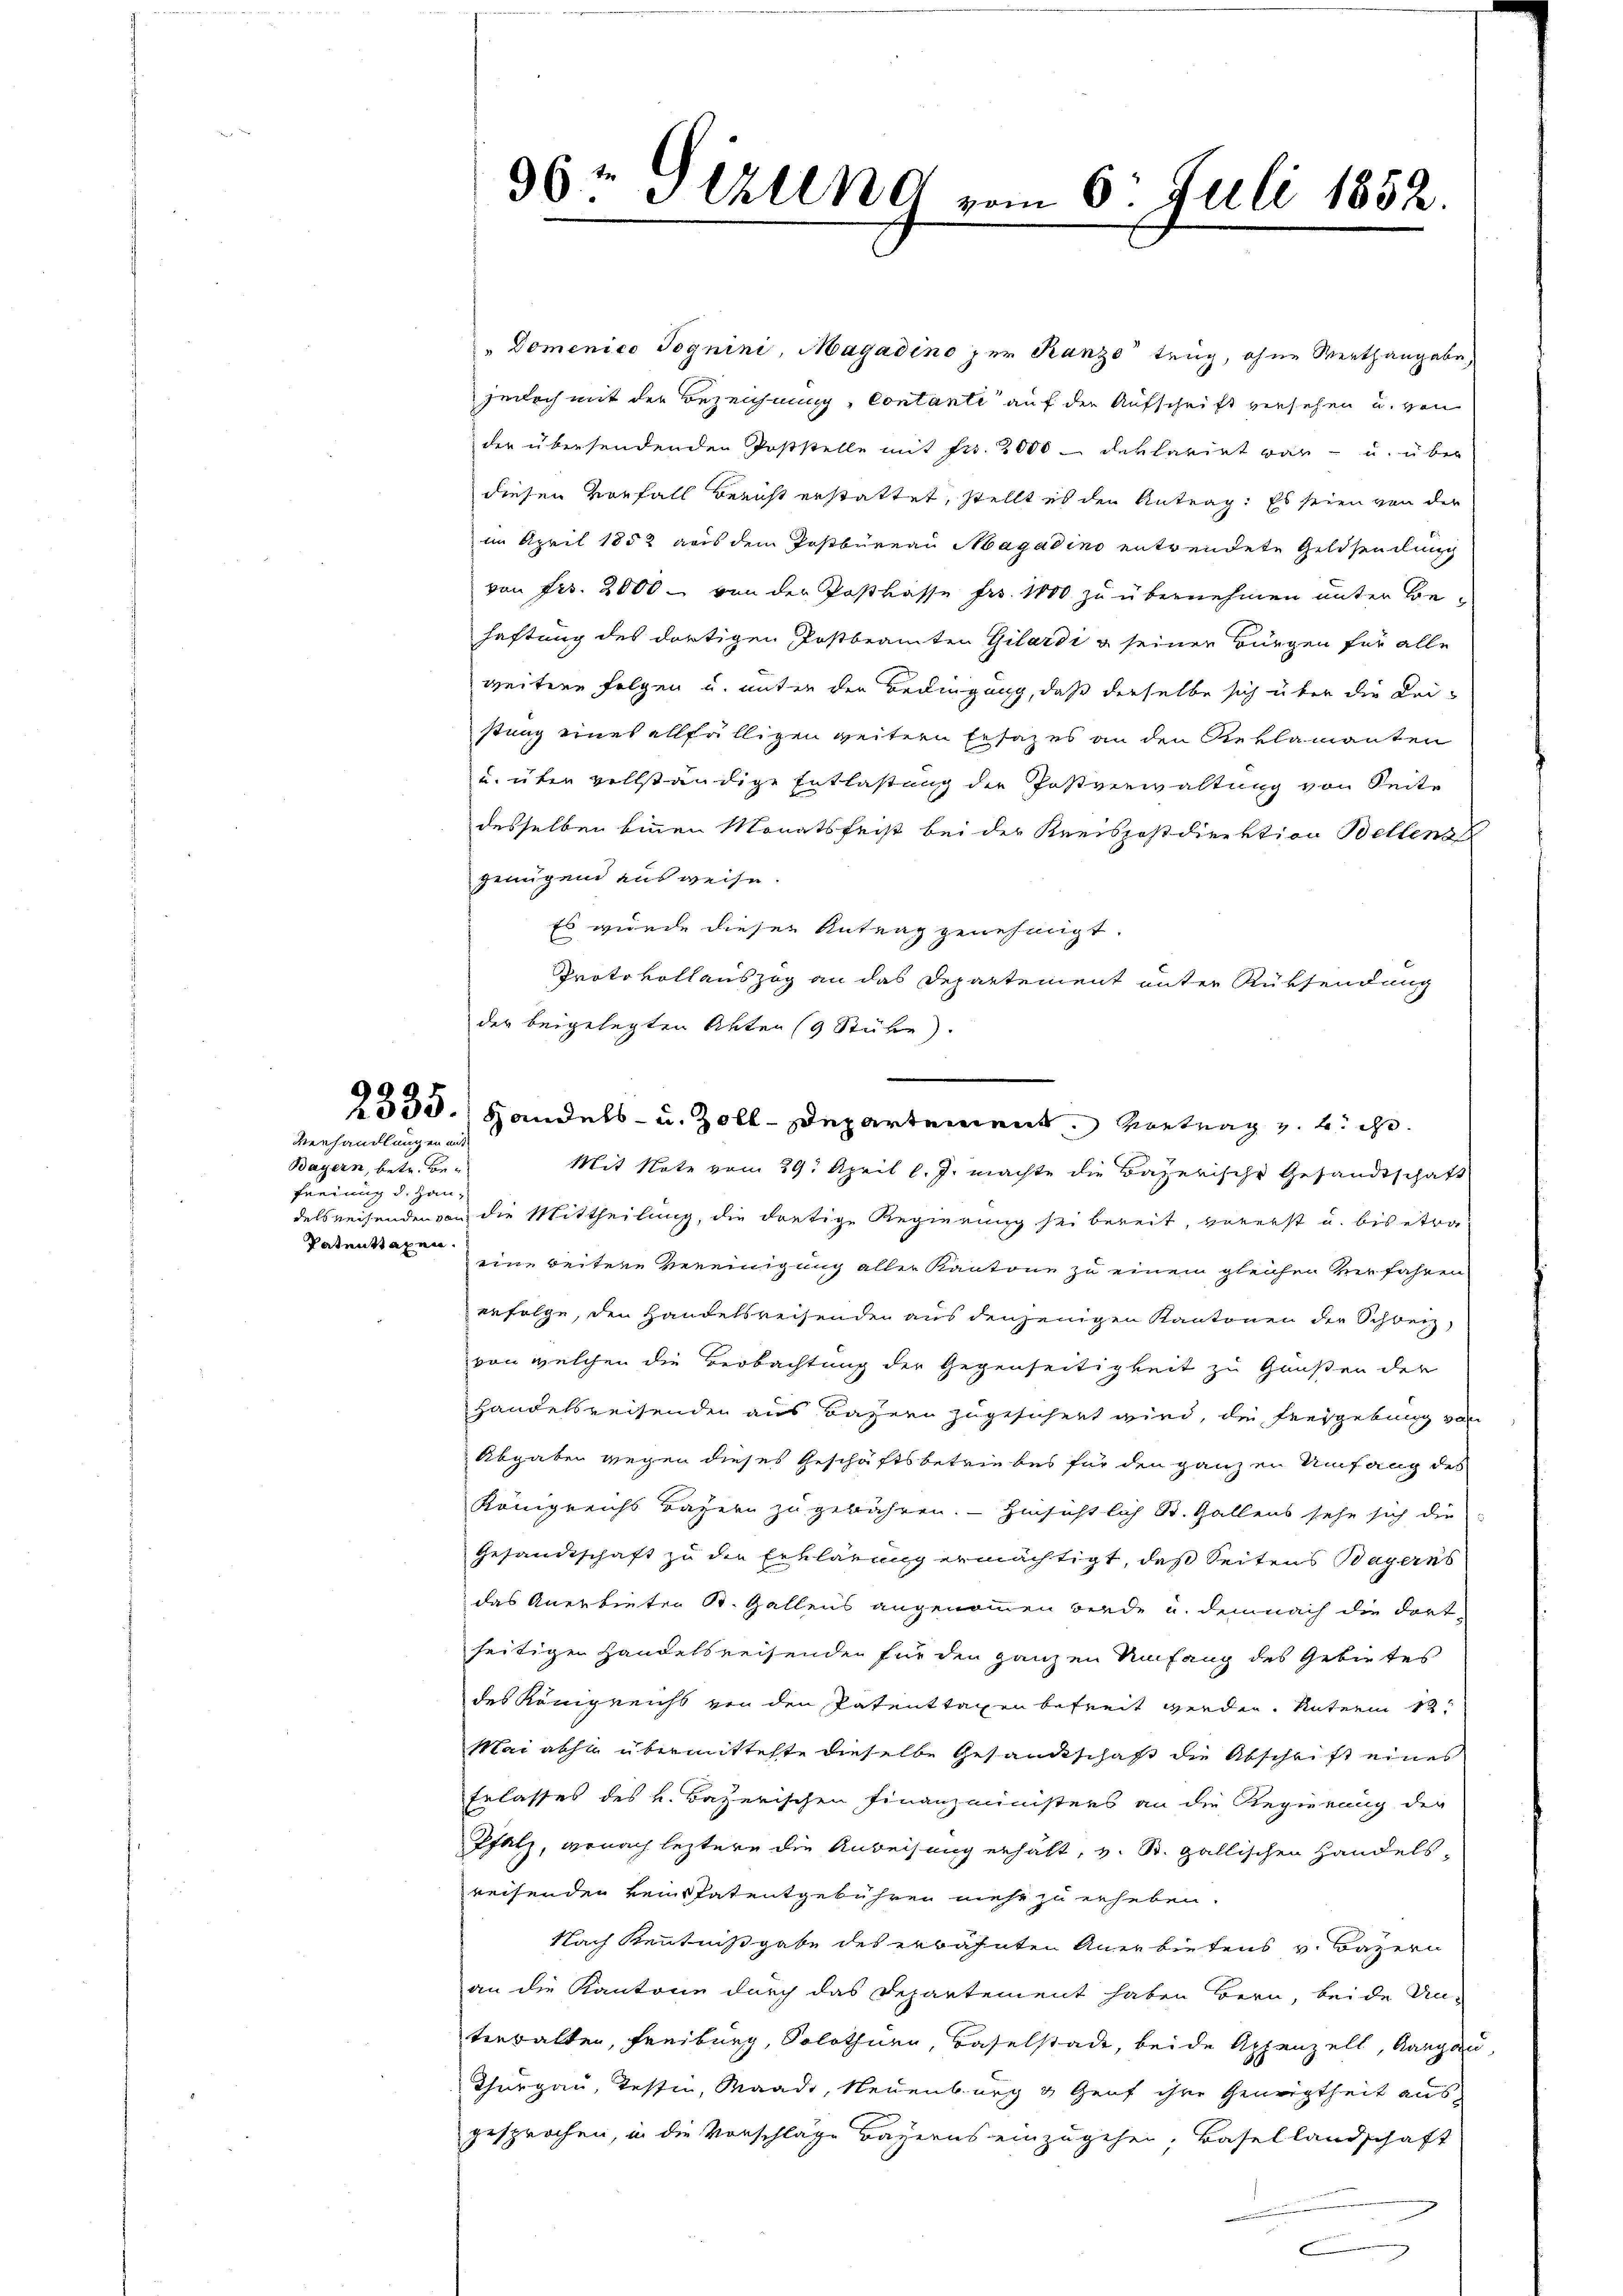
Verhandlungen mit
Bayern, betr. Be¬
Faeinung der gan
Patentsagen.

96 Gizung zu
6. Juli 1852.

der beigelegten Akten (9 Stube.
1533.) Handels- u. Zoll-Departement. Vortrag v. h. ih

"Domenico Pognini, Magadino per Kanze trug, ohne Werthangabe,
jedoch mit der Bezeichnung, Contante auf der Aufschrift versehen u. von
der übersendenden Poststelle mit Fr. 2000 - deklarirt war - u. über
diesen Vorfall Bericht erstattet, stellt es den Antrag: Es seien von der
im April 1852 aus dem Postbüreau Magadino entrendete Geldsendung
von Frs. 2000 - von der Postkasse fro. 1800 zu übernehmen unter Behaftung des dortigen Postbeamten Gilardi & seiner Bürgen für alle
weitere Folgen u. unter den Bedingung, daß derselbe sich über die Bei-
stung eines allfälligen weitern Ersatzes an den Reklamanten
u. über vollständige Entlastung der Postverwaltung von Seite
desselben binnen Monatsfrist bei der Kreispostdirektion Bellens
genügend ausweise.
Es wurde dieser Antrag genehmigt.
Protokollauszog an das Departement unter Rüksendung
Mit Note vom 29. April l. J. machte die Bayerische Gesandtschaft
delsreisenden von die Mittheilung, die dretige Regierung sei bereit, vorerst u. bis etwa
eine beitere Bereinigung aller Kantone zu einem gleichen Verfahren
erfolge, den Handelsreisenden aus denjenigen Kantonen der Schweiz,
von welchen die Beobachtung der Gegenseitigkeit zu Gunsten der
Handelsreisenden aus Bayern zugesichert wird, die Freygebung von
Abgaben wegen dieses Geschäftsbetriebes für den ganzen Umfang des
Königreichs Basern zu gewähren. - Hinsichtlich St. Gallens sehe sich die
Gesandtschaft zu den Erklärung ermächtigt, daß Seitens Bayerns
das Anerbieten St. Gallens angenommen werde u. demnach die dort-
seitigen Handelsreisenden für den ganzen Umfang des Gebietes
des Königreichs von den Patenttagen befreit werden. Unterm 12t
Mai abhin übermittelte dieselbe Gesandtschaft die Abschrift eines
Erlasses des v. Bayerischen Finanzministers an die Regierung der
Pfalz, wonach leztere die Anweisung erhält, v. St. Gallischen Handels-
reisenden keinspatentgebühren mehr zu erheben.
Nach Kenntnißgabe des erwähnten Anerbietens v. Bayern
an die Kantone durch das Departement haben Bern, beide Un-
terwalten, Freiburg, Solothurn, Baselstade, beide Appenzell, Aargau,
Thurgau, Tessin, Waadt, Neuenburg & Genf ihre Geneigtheit ausgesprochen, in die Vorschläge Bayerns einzugehen, Basellandschaft
.